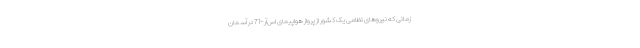
زمانی که نیروهای نظامی یک کشور از پرواز هواپیمای اس‌آر-71 در آسمان